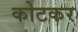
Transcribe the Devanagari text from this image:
कोटकर